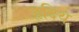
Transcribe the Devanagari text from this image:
हृदिथ